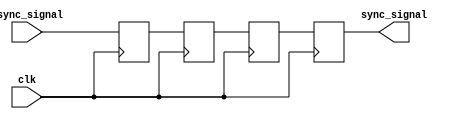
module triple_ff_synchronizer (
    input wire async_signal,  // Input signal from the asynchronous clock domain
    input wire clk,           // Clock signal of the destination clock domain
    output reg sync_signal     // Synchronized output signal
);

    // Internal signals for the flip-flops
    reg ff1, ff2, ff3;

    // Sequential logic for the triple flip-flop synchronizer
    always @(posedge clk) begin
        ff1 <= async_signal;  // Sample the async signal into the first flip-flop
        ff2 <= ff1;           // Pass the output of the first flip-flop to the second
        ff3 <= ff2;           // Pass the output of the second flip-flop to the third
    end

    // Assign the output signal to the output of the third flip-flop
    always @(posedge clk) begin
        sync_signal <= ff3;   // The synchronized output signal
    end

endmodule